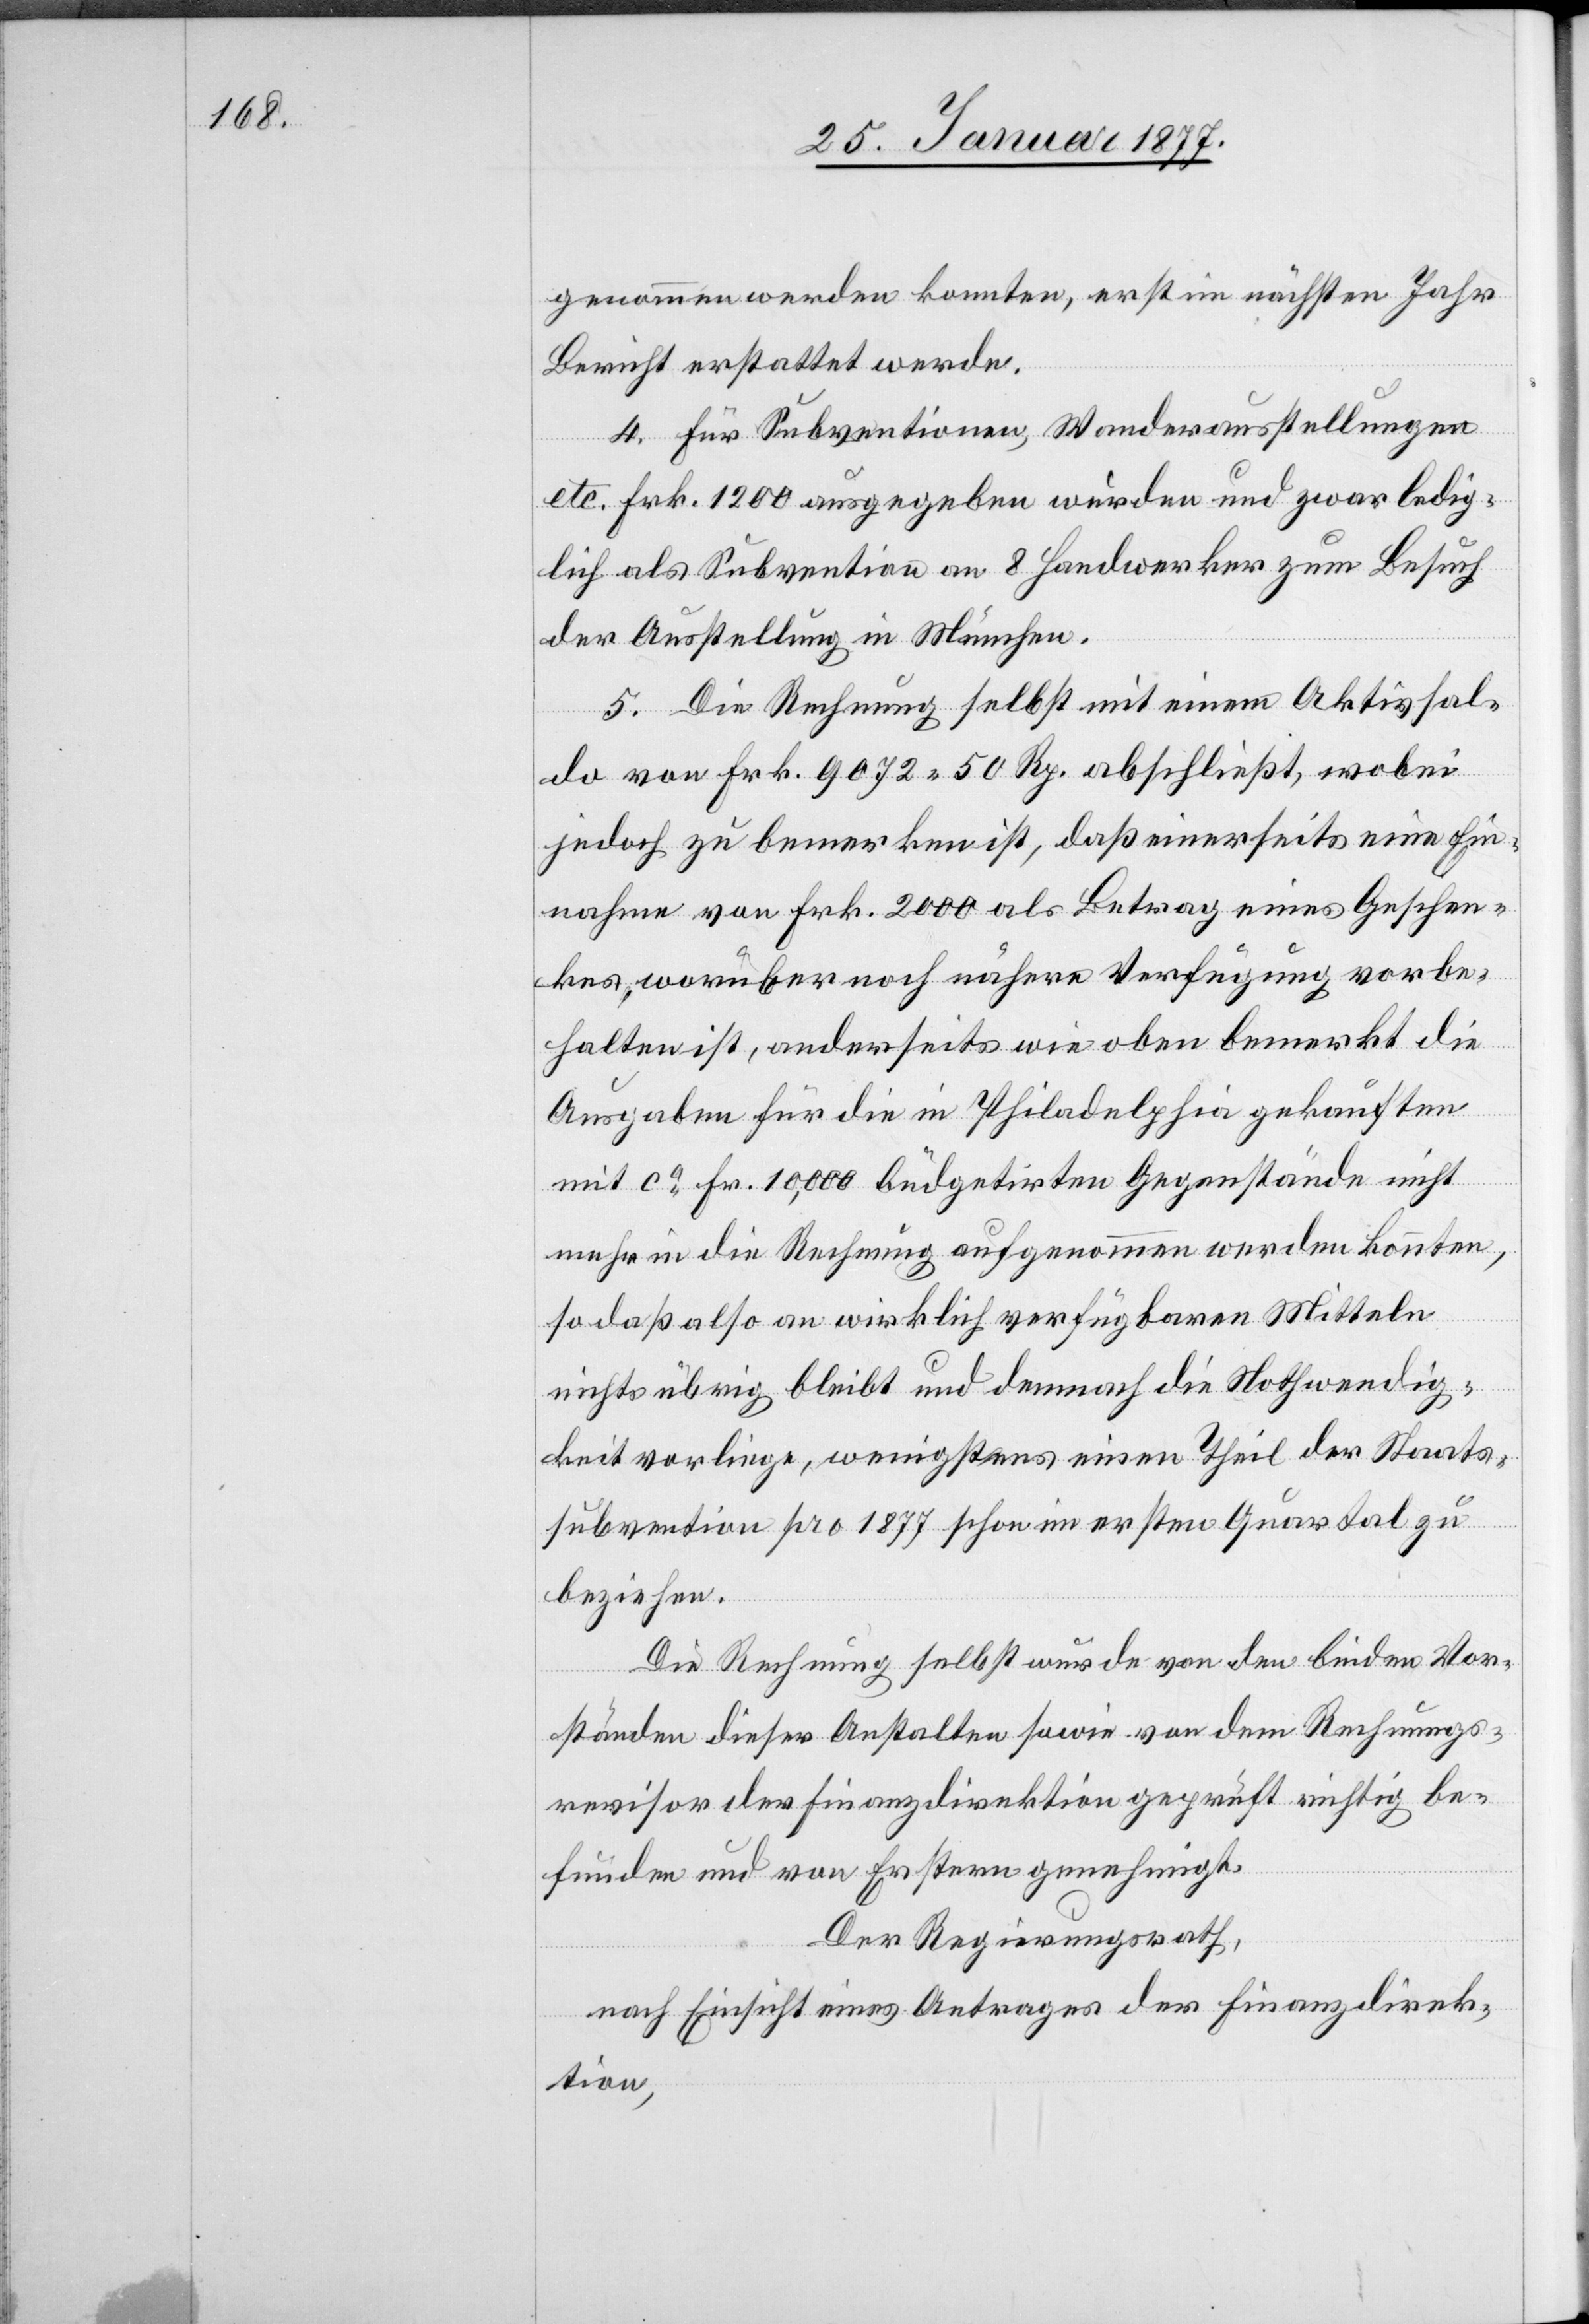
genommen werden konnten, erst im nächsten Jahr
Bericht erstattet werde.
4. Für Subventionen, Wanderausstellungen
etc. Frk. 1200 ausgegeben wurden und zwar ledig¬
lich als Subvention an 8 Handwerker zum Besuch
der Ausstellung in München.
5. Die Rechnung selbst mit einem Aktivsal¬
do von Frk. 9072.50 Rp. abschließt, wobei
jedoch zu bemerken ist, daß einerseits eine Ein¬
nahme von Frk. 2000 als Betrag eines Geschen¬
kes, worüber noch nähere Verfügung vorbe¬
halten ist, anderseits wie oben bemerkt die
Ausgaben für die in Philadelphia gekauften
mit ca Fr. 10,000 büdgetirten Gegenstände nicht
mehr in die Rechnung aufgenommen werden konnten,
so daß also an wirklich verfügbaren Mitteln
nichts übrig bleibt und demnach die Nothwendig¬
keit vorliege, wenigstens einen Theil der Staats¬
subvention pro 1877 schon im ersten Quartal zu
beziehen.
Die Rechnung selbst wurde von den beiden Vor¬
ständen dieser Anstalten sowie von dem Rechnungs¬
revisor der Finanzdirektion geprüft richtig be¬
funden und von Erstern genehmigt.
Der Regierungsrath,
nach Einsicht eines Antrages der Finanzdirek¬
tion,